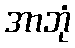
အာဘုံ